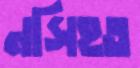
নসিহত